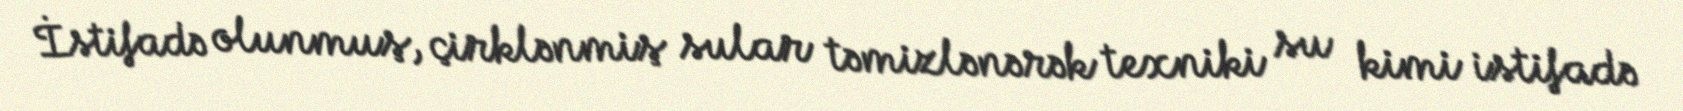
İstifadə olunmuş, çirklənmiş sular təmizlənərək texniki su kimi istifadə